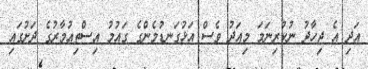
އަދި އެ ޖިހާދު ނުކުރިނަމަ މިއަދު ވެސް އަޅުގަނޑުމެންގެ ގައުމު އިސްތިއުމާރުގެ ދަށުގައި